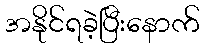
အနိုင်ရခဲ့ပြီးနောက်